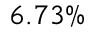
6 . 7 3 \%